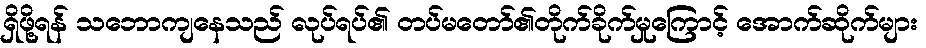
ရှိဖို့ရန် သဘောကျနေသည် လုပ်ရပ်၏ တပ်မတော်၏တိုက်ခိုက်မှုကြောင့် အောက်ဆိုက်များ